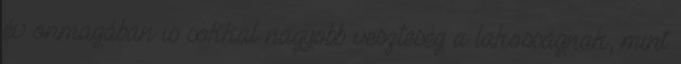
év önmagában is sokkal nagyobb veszteség a lakosságnak, mint